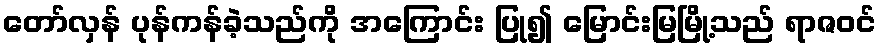
တော်လှန် ပုန်ကန်ခဲ့သည်ကို အကြောင်း ပြု၍ မြောင်းမြမြို့သည် ရာဇဝင်